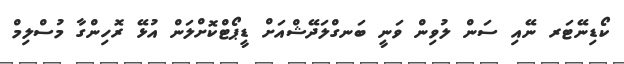
ކޯޑިނޭޓަރ ނޭއި ސަން ލުވިން ވަނީ ބަނގްލަދޭޝްއަށް ޑީޕޯޓްކޮށްލަން އުޅޭ ރޮހިންގާ މުސްލިމް